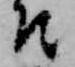
そ